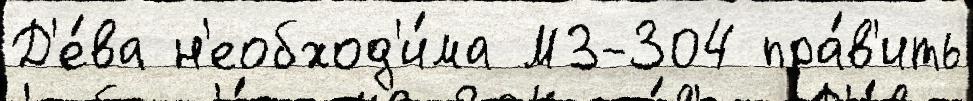
Д'е́ва н'еобход'и́ма МЗ-304 пра́в'ить